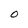
Character: 0